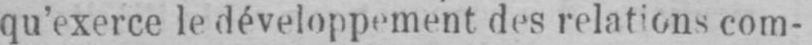
qu’exerce le développement des relations com-